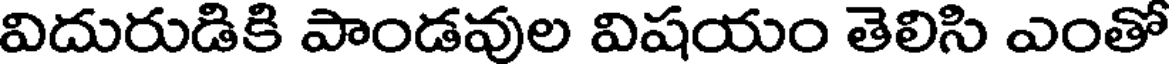
విదురుడికి పాండవుల విషయం తెలిసి ఎంతో